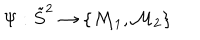
\Psi : \tilde { S } ^ { 2 } \to \{ { \cal M } _ { 1 } , { \cal M } _ { 2 } \} \,